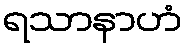
ရသာနာဟံ